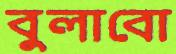
বুলাবো